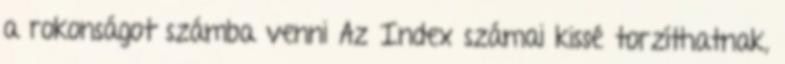
a rokonságot számba venni Az Index számai kissé torzíthatnak,